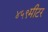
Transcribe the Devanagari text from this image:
४५९मीटर